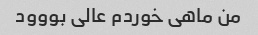
من ماهی خوردم عالی بووود